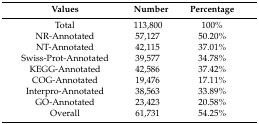
<table><thead><tr><td><b>Values</b></td><td><b>Number</b></td><td><b>Percentage</b></td></tr></thead><tbody><tr><td>Total</td><td>113,800</td><td>100%</td></tr><tr><td>NR-Annotated</td><td>57,127</td><td>50.20%</td></tr><tr><td>NT-Annotated</td><td>42,115</td><td>37.01%</td></tr><tr><td>Swiss-Prot-Annotated</td><td>39,577</td><td>34.78%</td></tr><tr><td>KEGG-Annotated</td><td>42,586</td><td>37.42%</td></tr><tr><td>COG-Annotated</td><td>19,476</td><td>17.11%</td></tr><tr><td>Interpro-Annotated</td><td>38,563</td><td>33.89%</td></tr><tr><td>GO-Annotated</td><td>23,423</td><td>20.58%</td></tr><tr><td>Overall</td><td>61,731</td><td>54.25%</td></tr></tbody></table>